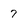
Character: 7